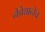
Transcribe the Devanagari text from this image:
नैवेद्यानेच